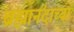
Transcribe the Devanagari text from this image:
ब्रह्मानंदाच्या